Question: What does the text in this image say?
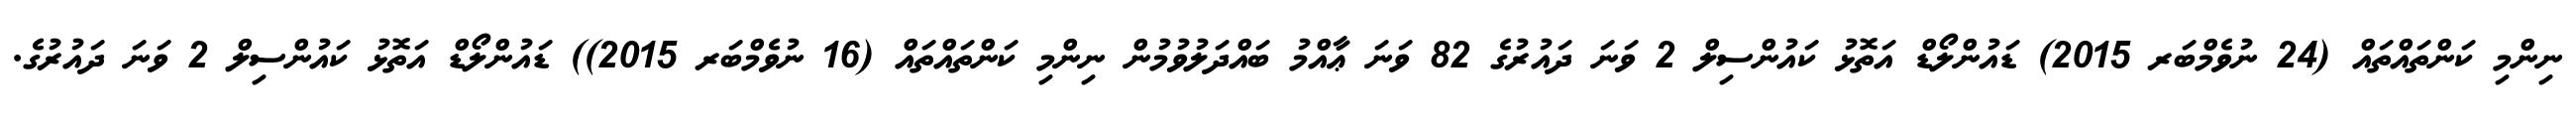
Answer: ނިންމި ކަންތައްތައް (24 ނުވެމްބަރ 2015) ޑައުންލޯޑް އަތޮޅު ކައުންސިލް 2 ވަނަ ދައުރުގެ 82 ވަނަ ޢާއްމު ބައްދަލުވުމުން ނިންމި ކަންތައްތައް (16 ނުވެމްބަރ 2015)) ޑައުންލޯޑް އަތޮޅު ކައުންސިލް 2 ވަނަ ދައުރުގެ.